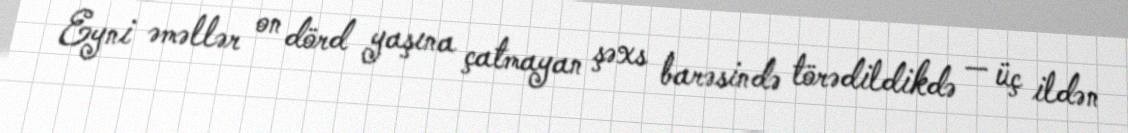
Eyni əməllər on dörd yaşına çatmayan şəxs barəsində törədildikdə — üç ildən